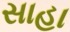
સાહા